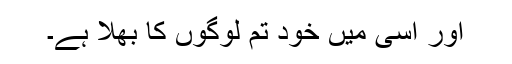
اور اسی میں خود تم لوگوں کا بھلا ہے۔